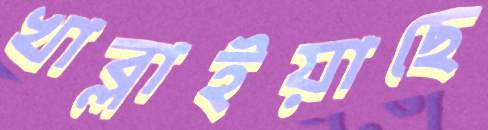
খাব্‌লাইয়াছে